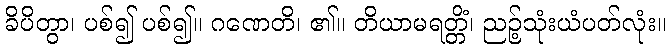
ခိပိတွာ၊ ပစ်၍ ပစ်၍။ ဂဏေတိ၊ ၏။ တိယာမရတ္တိံ၊ ညဉ့်သုံးယံပတ်လုံး။